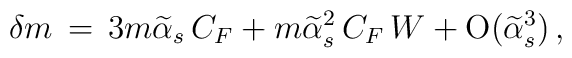
\delta m \,=\, 3 m \widetilde\alpha_s \, C_F + m      \widetilde\alpha^2_s \,C_F\,W + {\rm O}(\widetilde\alpha^3_s)\,,